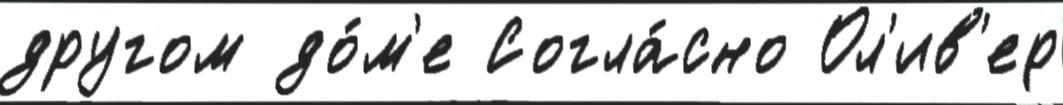
другом до́м'е Согла́сно Ол'ив'ер